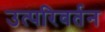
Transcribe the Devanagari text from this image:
उत्परिवर्तन